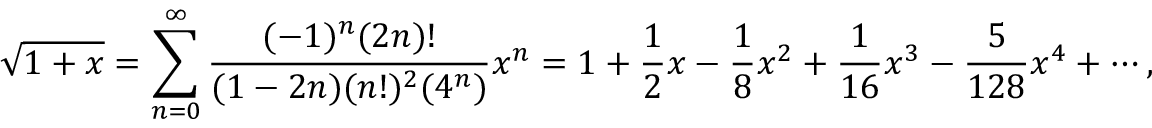
{ \sqrt { 1 + x } } = \sum _ { n = 0 } ^ { \infty } { \frac { ( - 1 ) ^ { n } ( 2 n ) ! } { ( 1 - 2 n ) ( n ! ) ^ { 2 } ( 4 ^ { n } ) } } x ^ { n } = 1 + { \frac { 1 } { 2 } } x - { \frac { 1 } { 8 } } x ^ { 2 } + { \frac { 1 } { 1 6 } } x ^ { 3 } - { \frac { 5 } { 1 2 8 } } x ^ { 4 } + \cdots ,